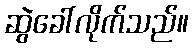
ဆွဲခေါ်လိုက်သည်။